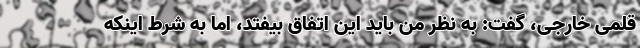
قلمی خارجی، گفت: به نظر من باید این اتفاق بیفتد، اما به شرط اینکه